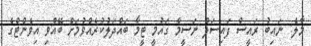
މާލެ: ނައިބު ރައީސް ފައިސަލް ނަސީމް ގައުމީ ޓީމާ ބައްދަލުކުރެއްވުމަށް ބޭއްވި އިވެންޓްގެ